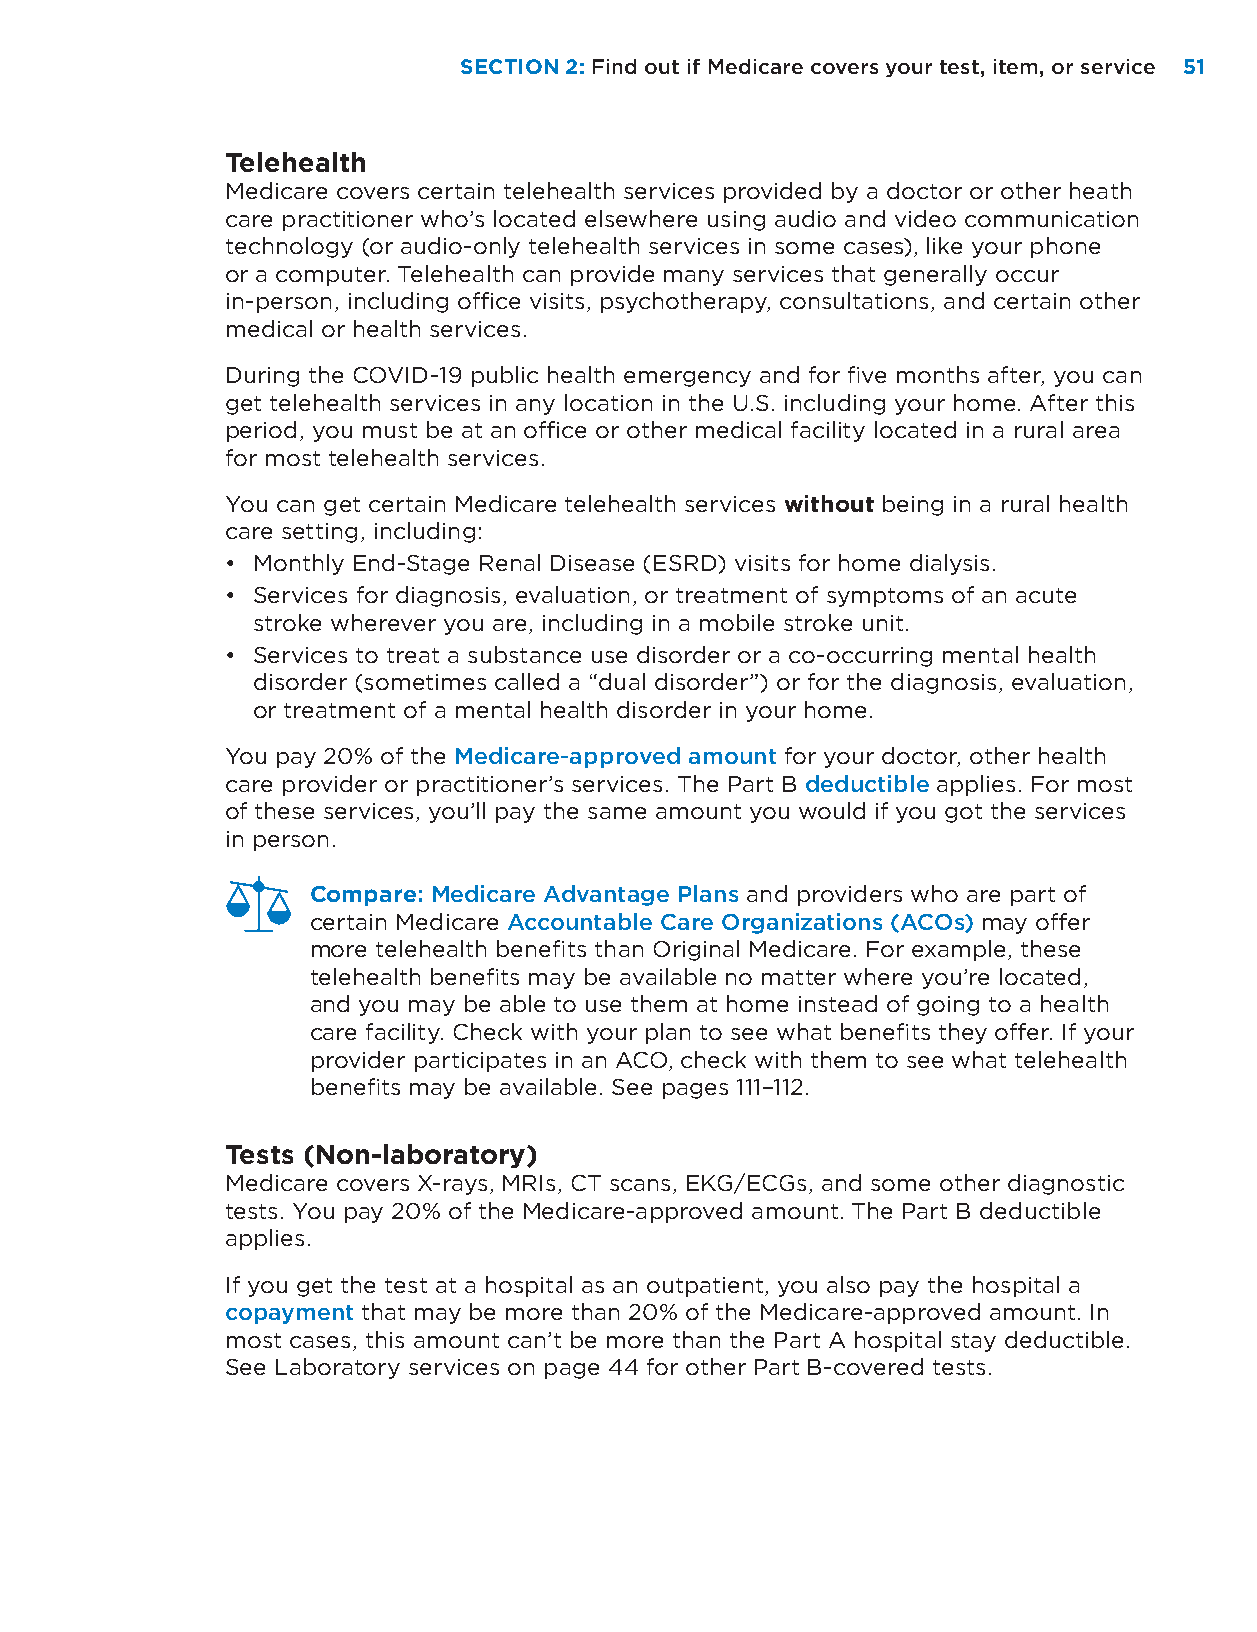
SECTION 2: Find out if Medicare covers your test, item, or service 51
 Telehealth
 Medicare covers certain telehealth services provided by a doctor or other heath
 care practitioner who’s located elsewhere using audio and video communication
 technology (or audio-only telehealth services in some cases), like your phone
 or a computer. Telehealth can provide many services that generally occur
 in-person, including office visits, psychotherapy, consultations, and certain other
 medical or health services.
 During the COVID-19 public health emergency and for five months after, you can
 get telehealth services in any location in the U.S. including your home. After this
 period, you must be at an office or other medical facility located in a rural area
 for most telehealth services.
 You can get certain Medicare telehealth services without being in a rural health
 care setting, including:
 • Monthly End-Stage Renal Disease (ESRD) visits for home dialysis.
 • Services for diagnosis, evaluation, or treatment of symptoms of an acute
 stroke wherever you are, including in a mobile stroke unit.
 • Services to treat a substance use disorder or a co-occurring mental health
 disorder (sometimes called a “dual disorder”) or for the diagnosis, evaluation,
 or treatment of a mental health disorder in your home.
 You pay 20% of the Medicare-approved amount for your doctor, other health
 care provider or practitioner’s services. The Part B deductible applies. For most
 of these services, you’ll pay the same amount you would if you got the services
 in person.
 Compare: Medicare Advantage Plans and providers who are part of
 certain Medicare Accountable Care Organizations (ACOs) may offer
 more telehealth benefits than Original Medicare. For example, these
 telehealth benefits may be available no matter where you’re located,
 and you may be able to use them at home instead of going to a health
 care facility. Check with your plan to see what benefits they offer. If your
 provider participates in an ACO, check with them to see what telehealth
 benefits may be available. See pages 111–112.
 Tests (Non-laboratory)
 Medicare covers X-rays, MRIs, CT scans, EKG/ECGs, and some other diagnostic
 tests. You pay 20% of the Medicare-approved amount. The Part B deductible
 applies.
 If you get the test at a hospital as an outpatient, you also pay the hospital a
 copayment that may be more than 20% of the Medicare-approved amount. In
 most cases, this amount can’t be more than the Part A hospital stay deductible.
 See Laboratory services on page 44 for other Part B-covered tests.